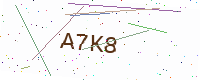
Text: A7K8